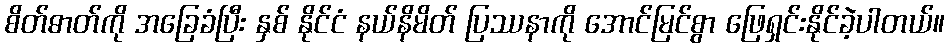
စိတ်ဓာတ်ကို အခြေခံပြီး နှစ် နိုင်ငံ နယ်နိမိတ် ပြဿနာကို အောင်မြင်စွာ ဖြေရှင်းနိုင်ခဲ့ပါတယ်။